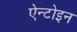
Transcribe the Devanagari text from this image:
ऐन्टोइन